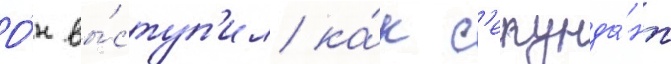
О́н вы́ступ'ил ка́к с'екунда́нт